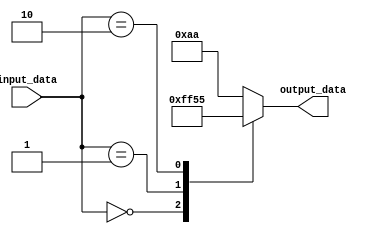
module behavioral_block (
    input wire [2:0] input_data,
    output reg [7:0] output_data
);

always @ (*) begin
    case (input_data)
        3'b000: output_data = 8'b00000000; // case 0
        3'b001: output_data = 8'b11111111; // case 1
        3'b010: output_data = 8'b01010101; // case 2
        default: output_data = 8'b10101010; // default case
    endcase
end

endmodule